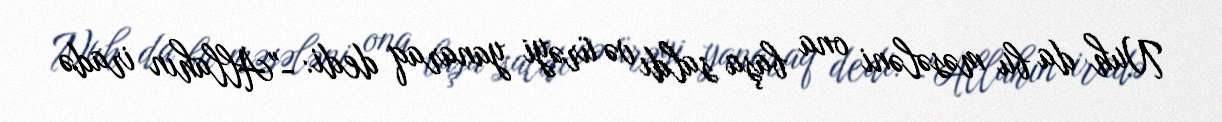
Nuh da bu məsələni ona başa saldı və ürəyi yanaraq dedi: -"Allahın iradə